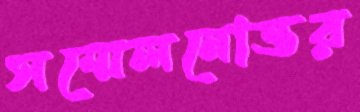
সম্মেলনোত্তর